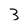
Character: 3